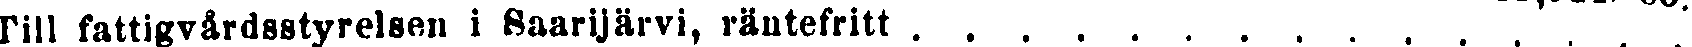
Till fattigvårdsstyrelsen i Saarijärvi, räntefritt